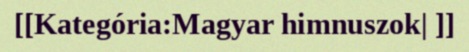
[[Kategória:Magyar himnuszok| ]]